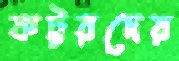
কট্টরদের